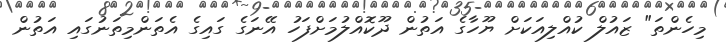
މިހެންތަ" ޒައުލް ކުއްލިއަކަށް ޔޫހާގެ އަތުން ދޫކޮއްލުމަށްފަހު އޭނަގެ ގައިގެ އެތަންމިތަނުގައި އަތުން